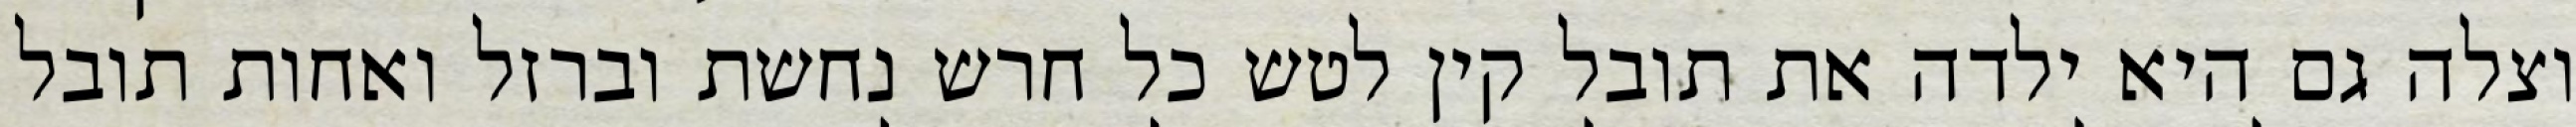
וצלה גם היא ילדה את תובל קין לטש כל חרש נחשת וברזל ואחות תובל